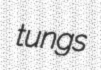
tungs